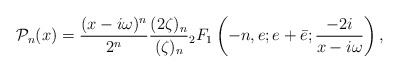
\begin{align*} \mathcal{P}_{n}(x) = \dfrac{(x-i\omega)^n}{2^n}\dfrac{(2\zeta)_n}{(\zeta)_n}{}_2 F_1 \left(-n,e; e+\bar{e};\dfrac{-2i}{x-i\omega}\right),\end{align*}